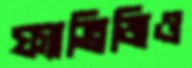
ফ্যাব্রিজিও